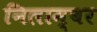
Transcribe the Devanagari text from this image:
निलाम्बर